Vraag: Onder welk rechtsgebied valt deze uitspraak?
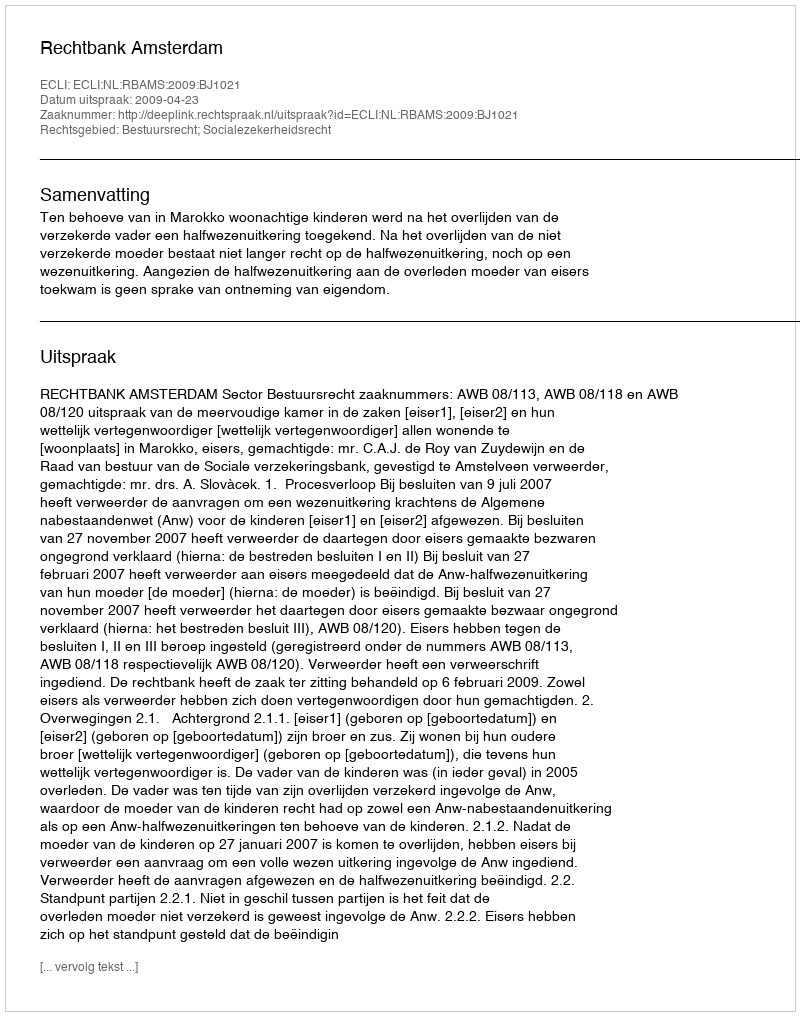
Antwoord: Bestuursrecht; Socialezekerheidsrecht